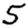
Digit: 5